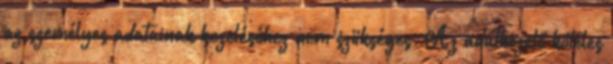
az személyes adatainak kezeléséhez nem szükséges. Az adatkezelő köteles